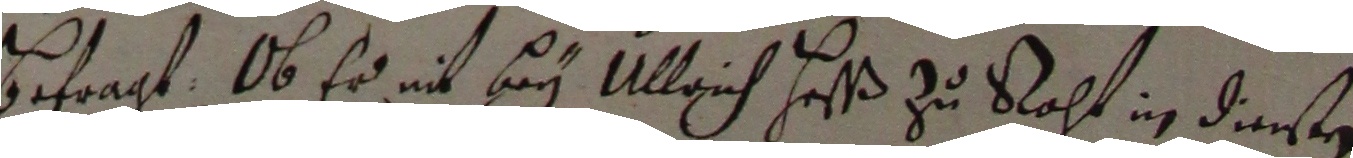
betragt, ob er nit bey Ulrich Haß zu raht in derten